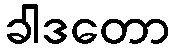
ခါဒတော